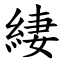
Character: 緀